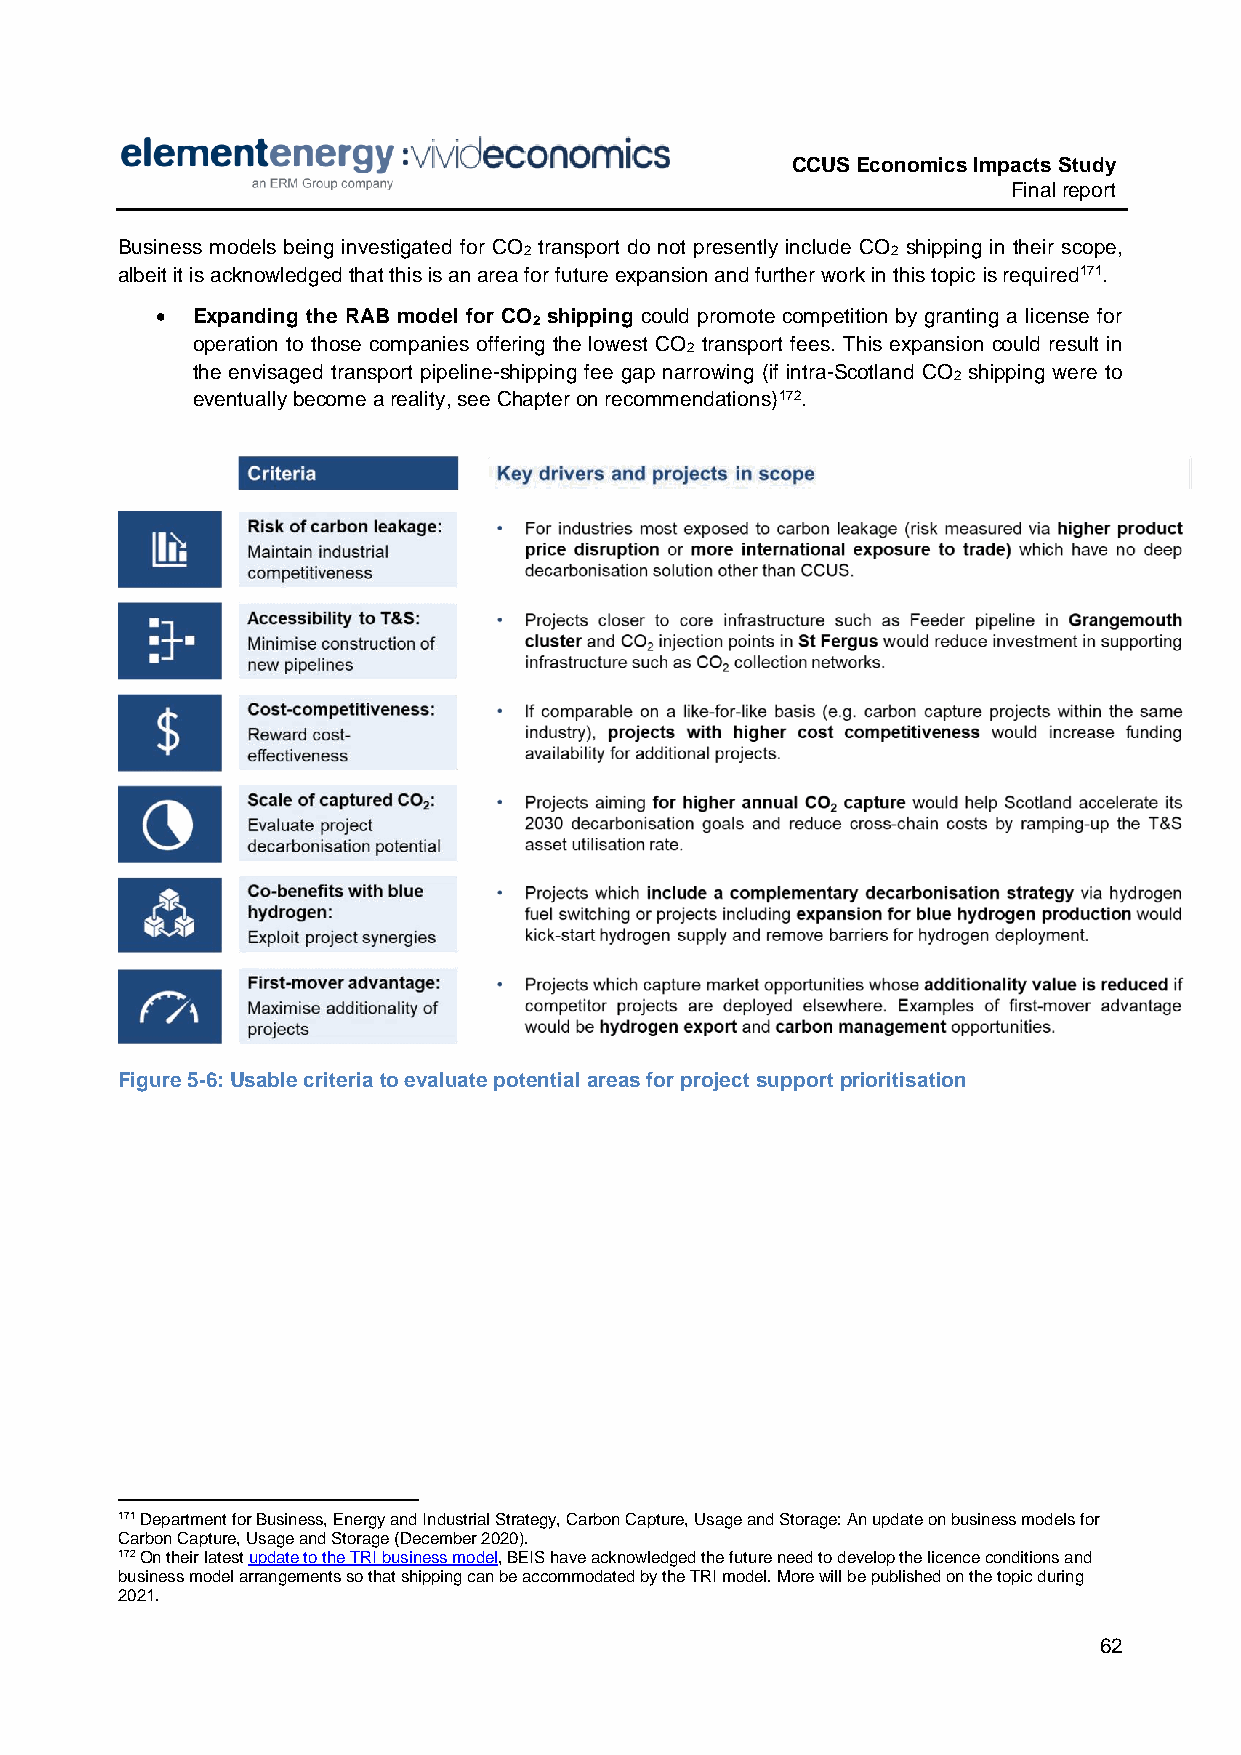
CCUS Economics Impacts Study
 Final report
 Business models being investigated for CO transport do not presently include CO shipping in their scope,
 2                       2
 albeit it is acknowledged that this is an area for future expansion and further work in this topic is required171.
   Expanding the RAB model for CO shipping could promote competition by granting a license for
 2
 operation to those companies offering the lowest CO transport fees. This expansion could result in
 2
 the envisaged transport pipeline-shipping fee gap narrowing (if intra-Scotland CO shipping were to
 2
 eventually become a reality, see Chapter on recommendations)172.
 Figure 5-6: Usable criteria to evaluate potential areas for project support prioritisation
 171 Department for Business, Energy and Industrial Strategy, Carbon Capture, Usage and Storage: An update on business models for
 Carbon Capture, Usage and Storage (December 2020).
 172 On their latest update to the TRI business model, BEIS have acknowledged the future need to develop the licence conditions and
 business model arrangements so that shipping can be accommodated by the TRI model. More will be published on the topic during
 2021.
 62